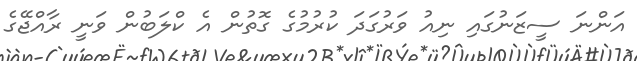
އަންނަ ސީޒަނުގައި ނިއު ވަރުގަދަ ކުރުމުގެ ގޮތުން އެ ކްލަބުން ވަނީ ރާއްޖޭގެ